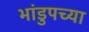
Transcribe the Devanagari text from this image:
भांडुपच्या